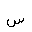
Letter: _sin